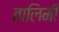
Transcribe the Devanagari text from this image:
तालिमी